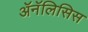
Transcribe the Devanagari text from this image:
ॲनॅलिसिस